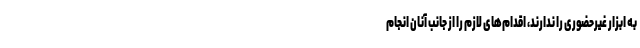
به ابزار غیرحضوری را ندارند، اقدام‌های لازم را از جانب آنان انجام